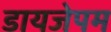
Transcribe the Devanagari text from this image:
डायजेपम